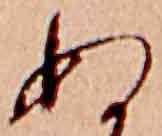
ぬ